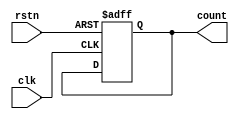
module JohnsonGrayCounter (
    input wire clk,
    input wire rstn,
    output reg [3:0] count
);

reg [3:0] d_ff[3:0];

always @ (posedge clk or negedge rstn) begin
    if (~rstn) begin
        d_ff[0] <= 4'b0001;
        d_ff[1] <= 4'b0011;
        d_ff[2] <= 4'b0111;
        d_ff[3] <= 4'b0110;
    end else begin
        d_ff[0] <= d_ff[0];
        d_ff[1] <= d_ff[1] ^ d_ff[0];
        d_ff[2] <= d_ff[2] ^ d_ff[1];
        d_ff[3] <= d_ff[3] ^ d_ff[2];
    end
end

always @(*) begin
    count = {d_ff[3], d_ff[2], d_ff[1], d_ff[0]};
end

endmodule